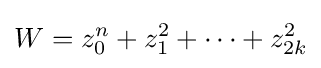
W=z_{0}^{n}+z_{1}^{2}+\cdots +z_{2k}^{2}